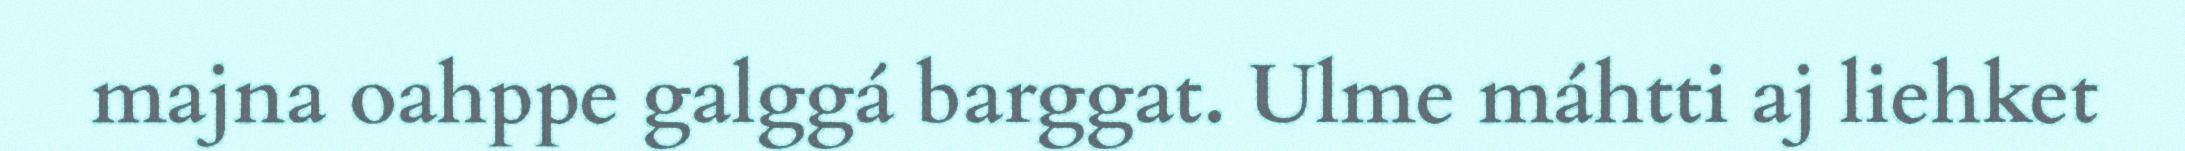
majna oahppe galggá barggat. Ulme máhtti aj liehket